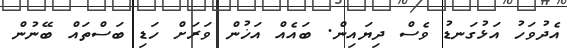
އެދުވަހު އަޅުގަނޑު ވެސް ދިޔައިން. ބައެއް އަޚުން ވަރަށް ހަޑި ބަސްތައް ބޭނުން